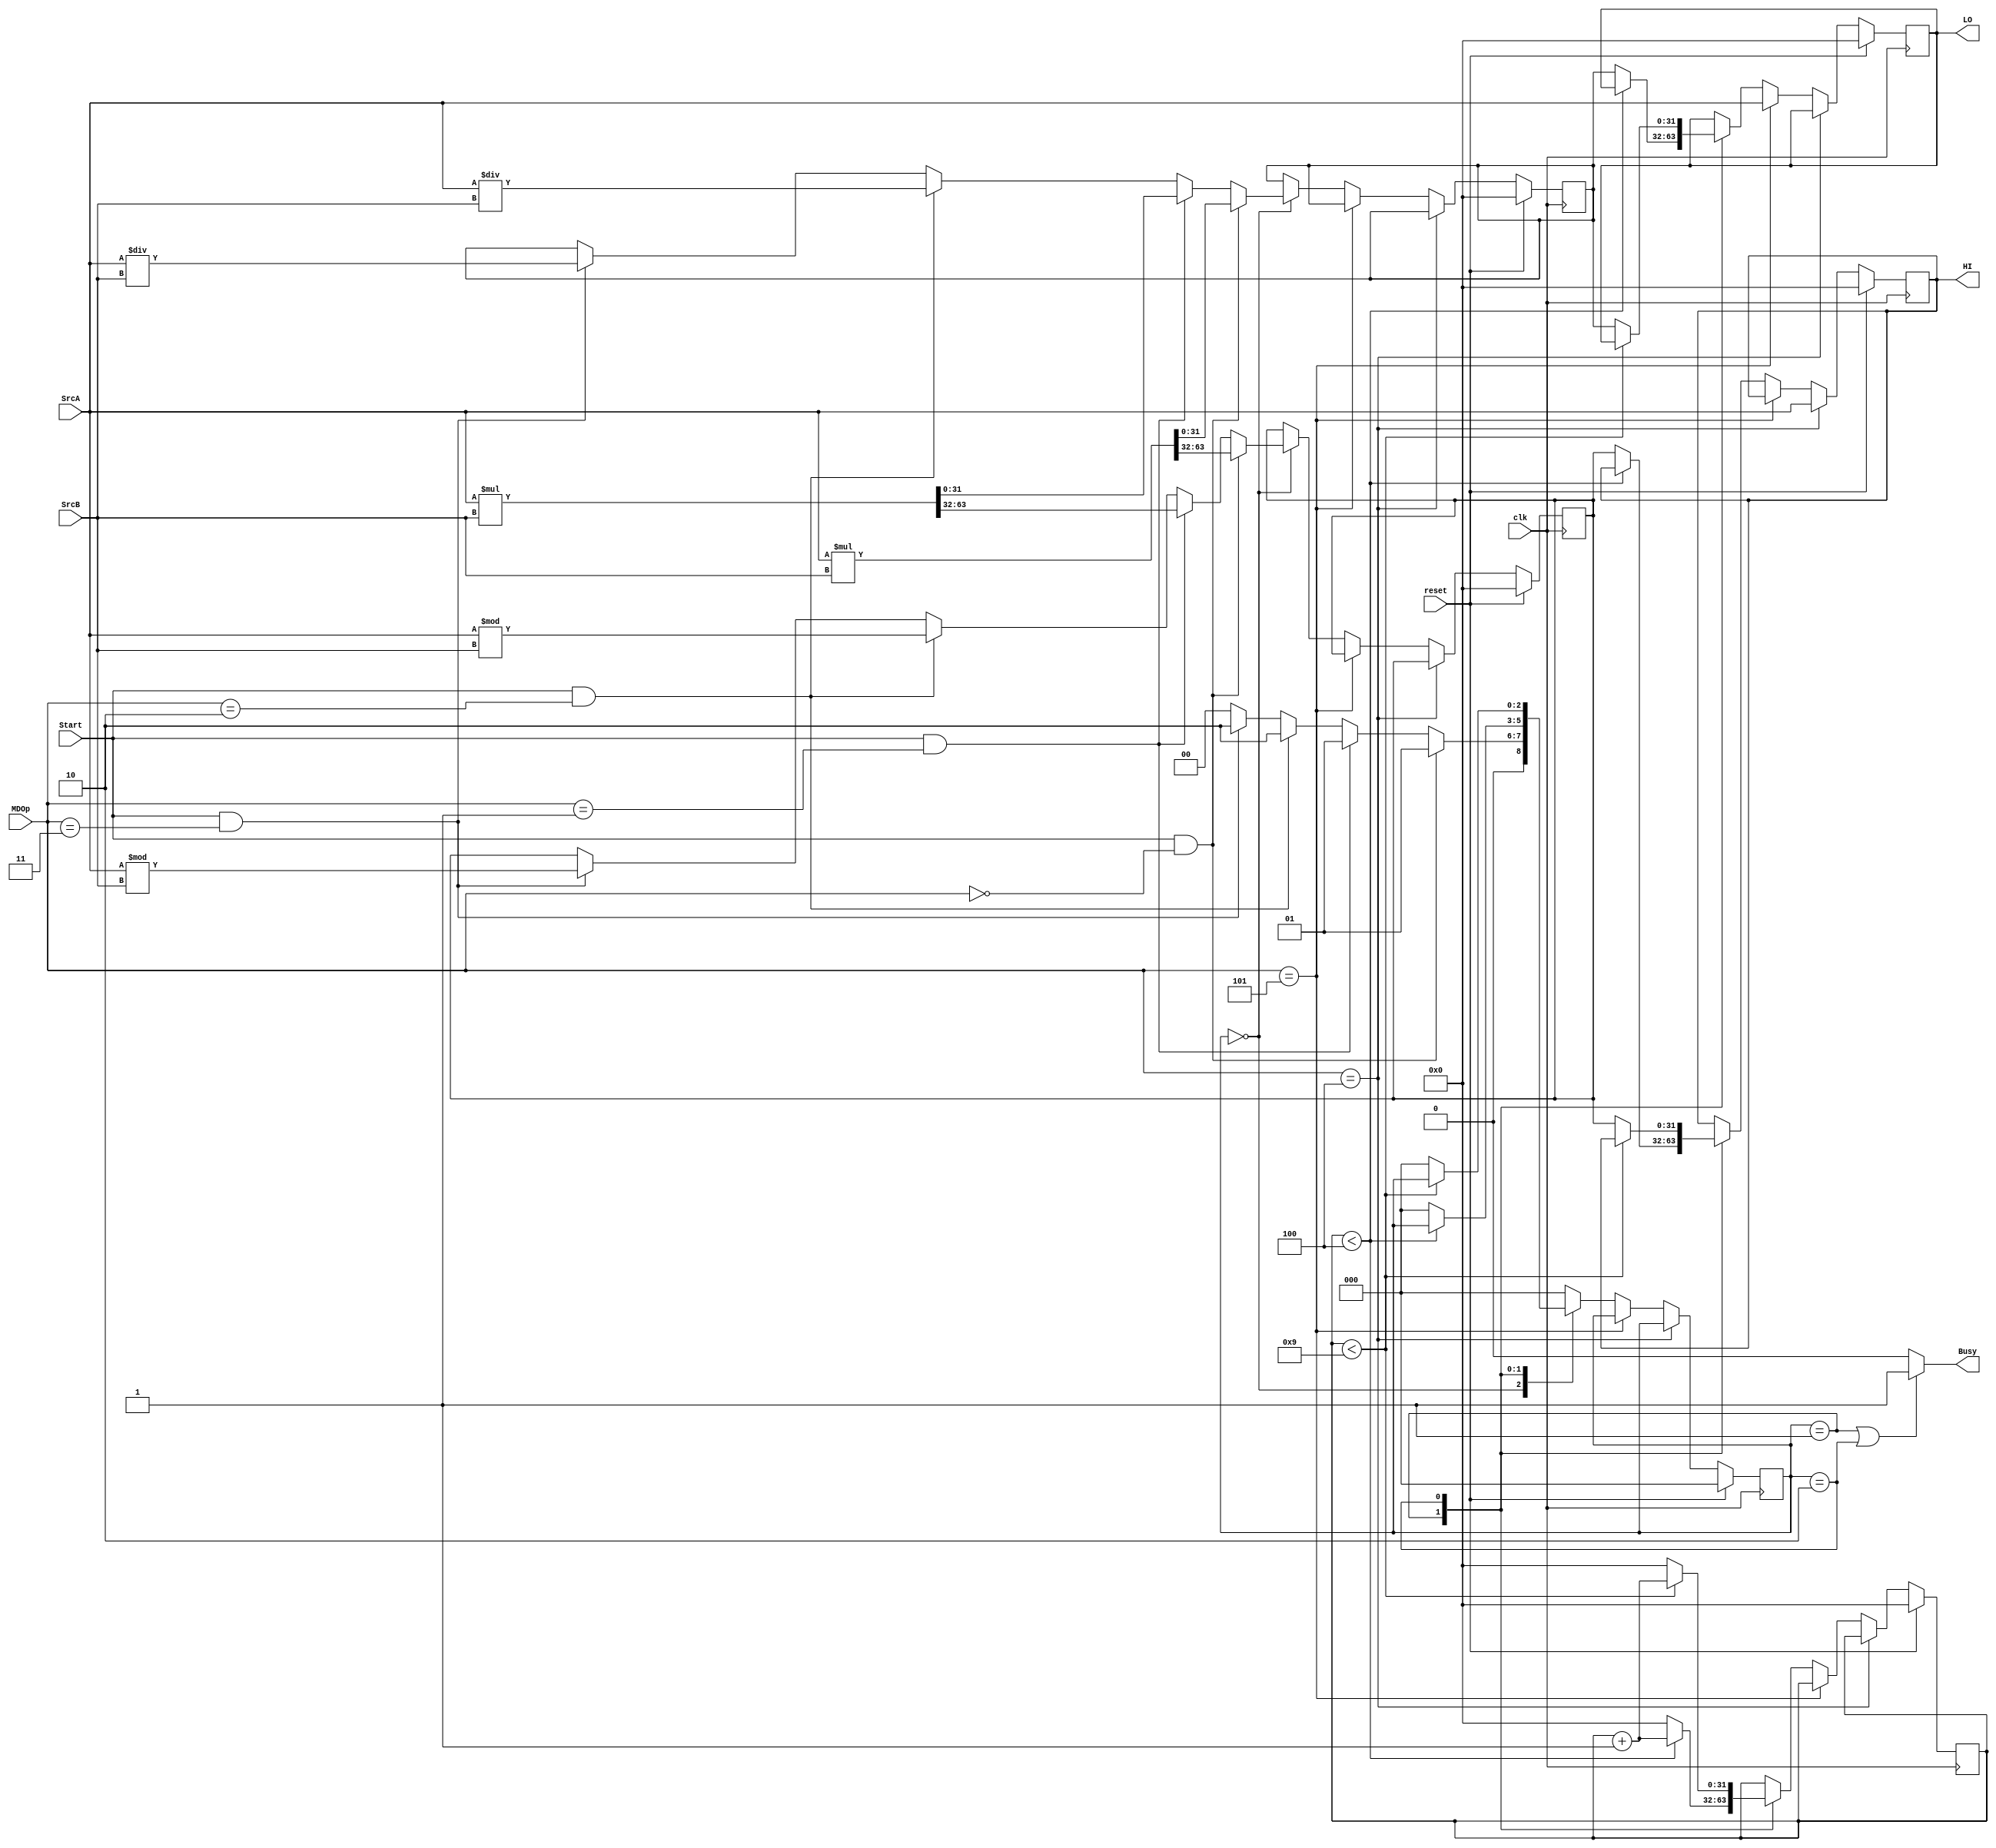
module MD (
    input wire clk,
    input wire reset,
    input wire Start,
    input wire[2:0] MDOp,
    input wire[31:0] SrcA,
    input wire[31:0] SrcB,
    output wire Busy,
    output reg[31:0] HI,
    output reg[31:0] LO
);
    // 3'b000:mult
    // 3'b001:multu
    // 3'b010:div
    // 3'b011:divu
    //3'b100: MTHI
    //3'b101: MTLO

    reg [31:0] r_HI,r_LO;
    reg [31:0] ret; 
    reg [2:0] state;
    reg r_Busy;
    //3'b000:reset
    //3'b001:mult(u)
    //3'b010:div(u)

    always @(posedge clk) begin
        if(reset==1'b1) begin
            r_HI <= 0;
            r_LO <= 0;
            HI <= 0;
            LO <= 0;
            ret <= 0;
            state <= 0;
        end else if(MDOp==3'b100) begin
            HI <= SrcA;
        end else if(MDOp==3'b101) begin
            LO <= SrcA;
        end else begin
            case (state)
                3'b000: if(Start==1'b1&&MDOp==3'b000) begin
                            {r_HI,r_LO} <= $signed(SrcA) * $signed(SrcB);
                            state <= 3'b001;
                       end else if(Start==1'b1&&MDOp==3'b001) begin 
                            {r_HI,r_LO} <= SrcA * SrcB;
                            state <= 3'b001;
                       end else if(Start==1'b1&&MDOp==3'b010) begin
                           r_HI <= $signed(SrcA) % $signed(SrcB);
                           r_LO <= $signed(SrcA) / $signed(SrcB);
                           state <= 3'b010;
                       end else if(Start==1'b1&&MDOp==3'b011) begin
                           r_HI <= SrcA % SrcB;
                           r_LO <= SrcA / SrcB;
                           state <= 3'b010;
                       end else state <= 3'b0;
                3'b001: if(ret<4) begin
                            ret <= ret + 1;
                       end else begin 
                            ret <= 0;
                            state <= 3'b0;
                            HI <= r_HI;
                            LO <= r_LO;
                       end
                3'b010: if(ret<9) begin
                            ret <= ret + 1;
                       end else begin
                            ret <= 0;
                            state <= 3'b0;
                            HI <= r_HI;
                            LO <= r_LO;
                       end
                default: state <= 3'b0;
            endcase
        end
    end

    always @(*) begin
        if(state==3'b001||state==3'b010) r_Busy = 1'b1;
        else r_Busy = 1'b0;
    end

    assign Busy = r_Busy;
endmodule